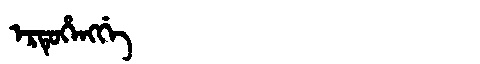
Manchu: ᡝᡵᡨᡠᡥᡝᠩᡤᡝ
Romanization: ERTUHENGGE